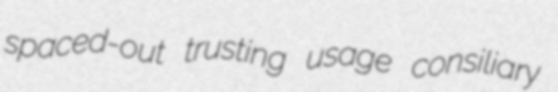
spaced-out trusting usage consiliary